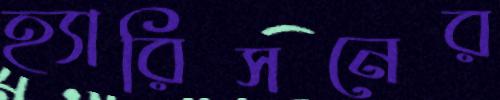
হ্যারিসনের